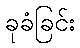
ခုခံခြင်း